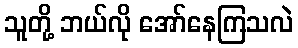
သူတို့ ဘယ်လို အော်နေကြသလဲ